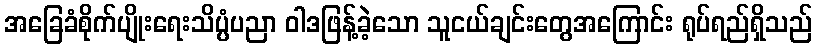
အခြေခံစိုက်ပျိုးရေးသိပ္ပံပညာ ဝါဒဖြန့်ခဲ့သော သူငယ်ချင်းတွေအကြောင်း ရုပ်ရည်ရှိသည်